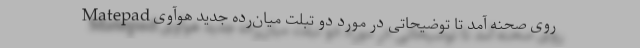
روی صحنه آمد تا توضیحاتی در مورد دو تبلت میان‌رده جدید هوآوی Matepad